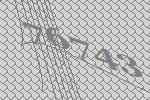
76743